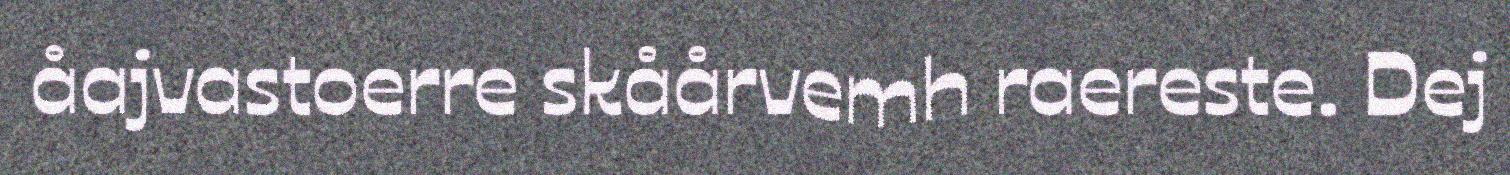
åajvastoerre skåårvemh raereste. Dej